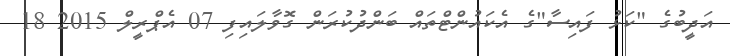
އަދީބުގެ "ކަޅު ފައިސާ"ގެ އެކައުންޓްތައް ބަންދުކުރަން ގޮވާލައިފި 07 އެޕްރީލް 2015 18